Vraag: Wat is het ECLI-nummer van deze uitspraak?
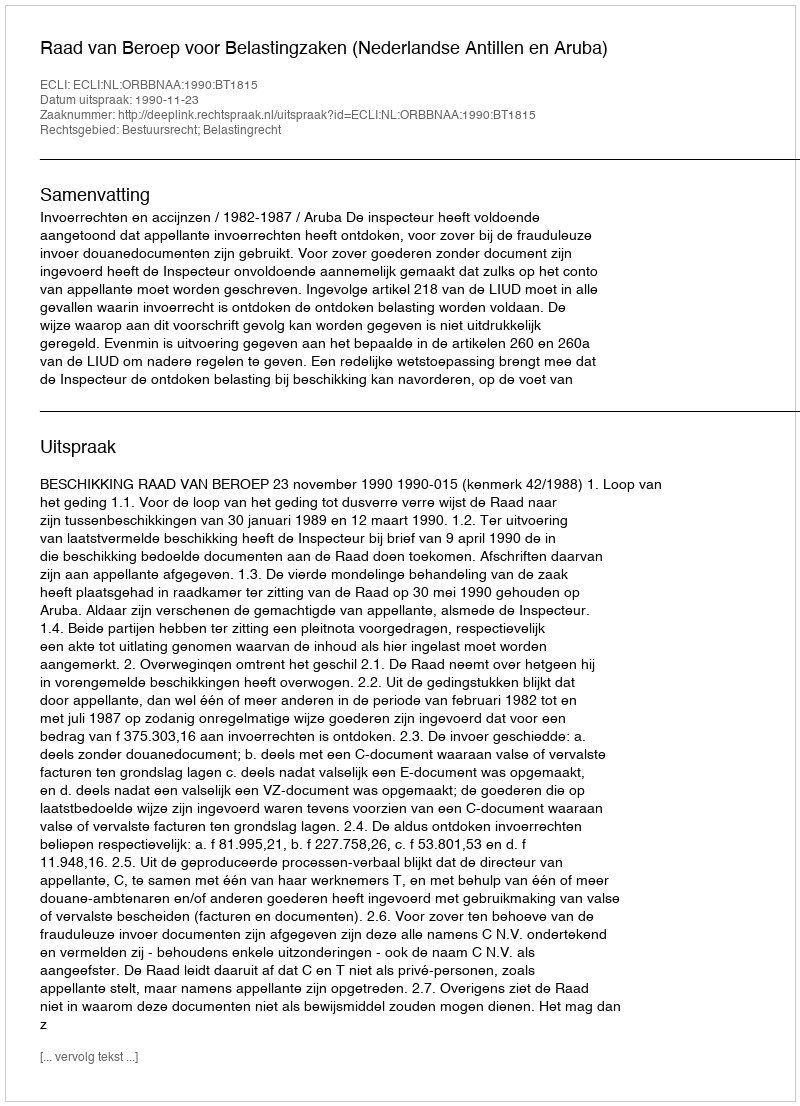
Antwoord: ECLI:NL:ORBBNAA:1990:BT1815